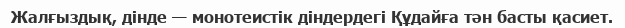
Жалғыздық, дінде — монотеистік діндердегі Құдайға тән басты қасиет.